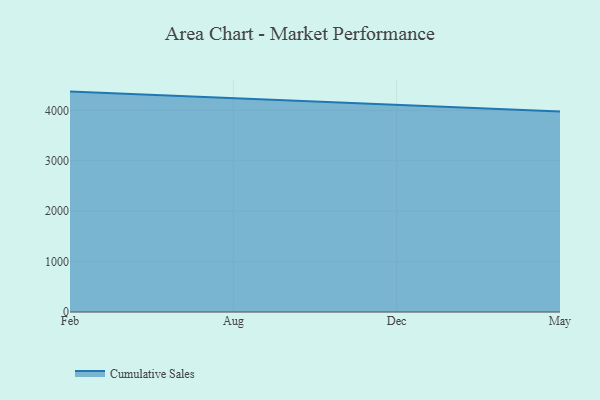
{"axis": {"x": "Month", "y": "Page Views"}, "legend": ["Cumulative Sales"], "data": [{"x": "Feb", "y": 4371.6, "type": "Cumulative Sales"}, {"x": "Aug", "y": 4236.5, "type": "Cumulative Sales"}, {"x": "Dec", "y": 4110.8, "type": "Cumulative Sales"}, {"x": "May", "y": 3975.3, "type": "Cumulative Sales"}]}